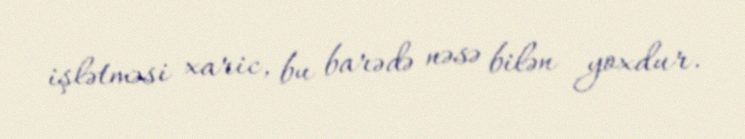
işlətməsi xaric, bu barədə nəsə bilən yoxdur.